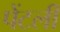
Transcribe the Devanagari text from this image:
पेंटर्ली